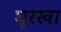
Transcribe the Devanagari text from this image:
घूरखा